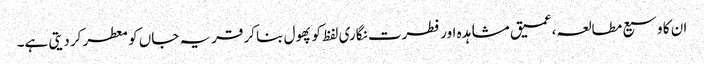
ان کا وسیع مطالعہ،عمیق مشاہدہ اور فطرت نگاری لفظ کو پھول بنا کر قریہ جاں کو معطر کر دیتی ہے۔